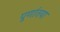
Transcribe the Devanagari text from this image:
पूर्णातया